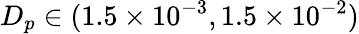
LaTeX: {D_{p}}\in(1.5\times{10^{-3}},1.5\times{10^{-2}})